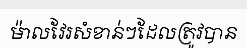
ម៉ាលវែរសំខាន់ៗដែលត្រូវបាន